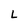
Character: L